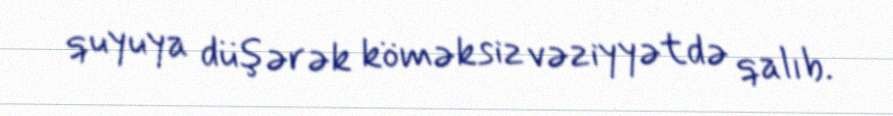
quyuya düşərək köməksiz vəziyyətdə qalıb.